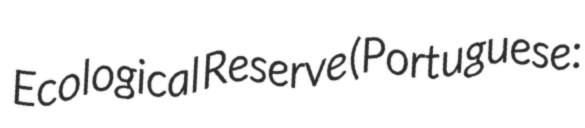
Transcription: Ecological Reserve (Portuguese: